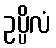
ဥပ္ပိလံ